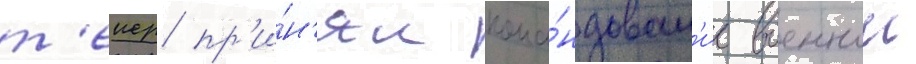
т'еиер пр'и́н'ял кома́ндован'ие военнои